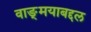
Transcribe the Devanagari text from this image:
वाङ्‌मयाबद्दल